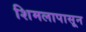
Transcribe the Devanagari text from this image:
शिमलापासून